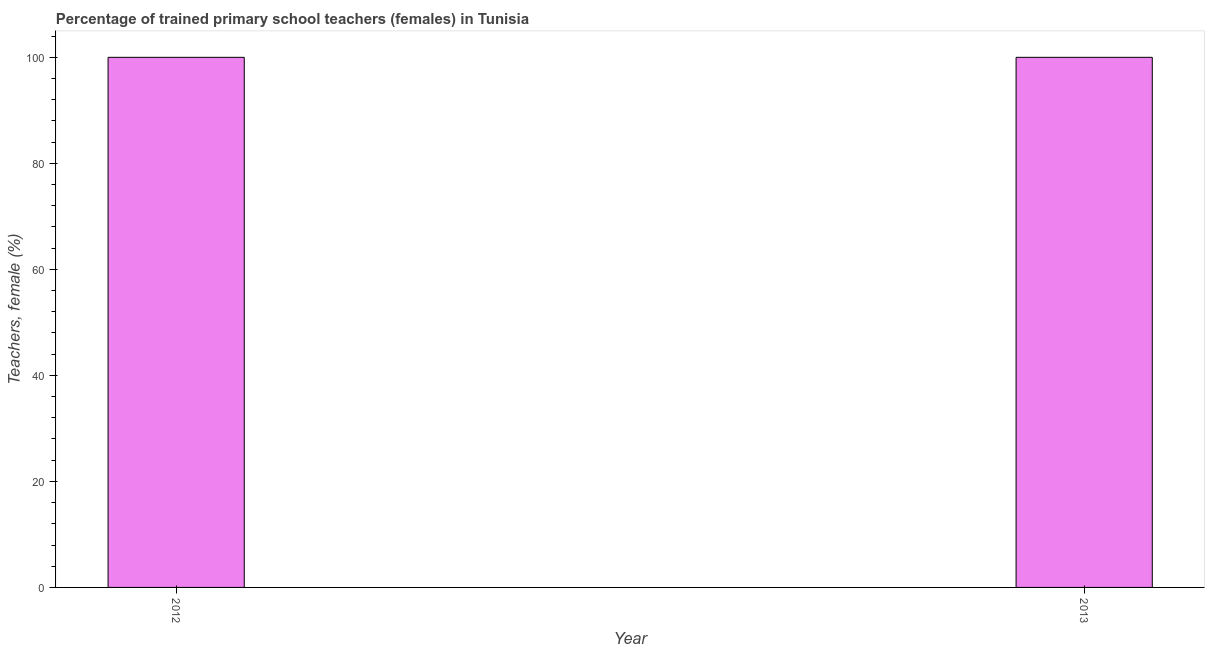
| Year | Trained teachers female |
 | --- | --- |
 | 2012 | 100 |
 | 2013 | 100 |